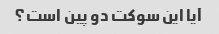
آیا این سوکت دو پین است؟